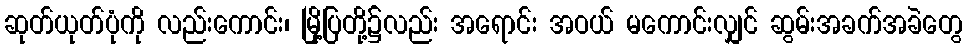
ဆုတ်ယုတ်ပုံကို လည်းကောင်း၊ မြို့ပြတို့၌လည်း အရောင်း အဝယ် မကောင်းလျှင် ဆွမ်းအခက်အခဲတွေ